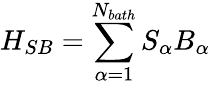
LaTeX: {{H}_{SB}}=\sum_{\alpha=1}^{{{N}_{bath}}}{{{S}_{\alpha}}}{{B}_{\alpha}}